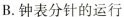
B.钟表分针的运行